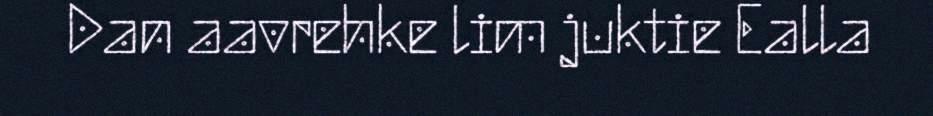
Dan aavrehke lim juktie Ealla